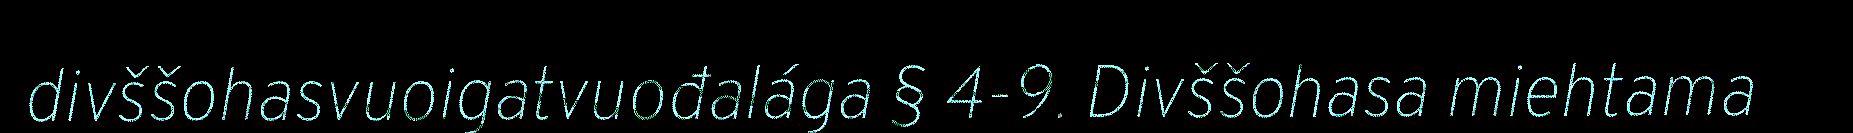
divššohasvuoigatvuođalága § 4-9. Divššohasa miehtama